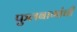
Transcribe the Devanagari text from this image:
फुलबागांची